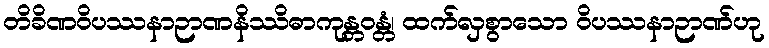
တိခိဏဝိပဿနာဉာဏနိဿိဓာကုန္တဝန္တံ၊ ထက်လှစွာသော ဝိပဿနာဉာဏ်ဟု